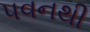
પવનથી